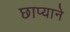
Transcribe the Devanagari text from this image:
छाप्याने